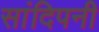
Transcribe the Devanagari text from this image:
सांदिपनी